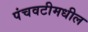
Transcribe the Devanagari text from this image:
पंचवटीमधील